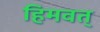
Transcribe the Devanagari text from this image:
हिमवत्